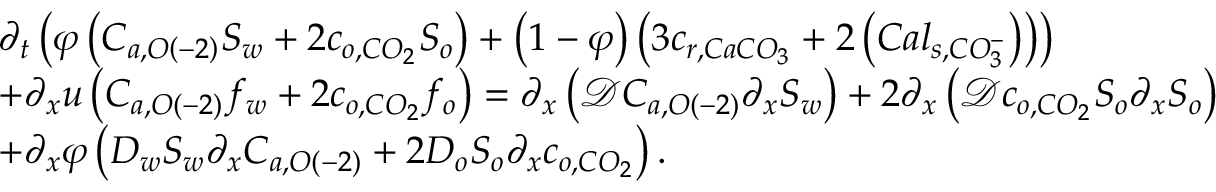
\begin{array} { r l } & { \partial _ { t } \left( \varphi \left( C _ { a , O \left( - 2 \right) } S _ { w } + 2 c _ { o , C O _ { 2 } } S _ { o } \right) + \left( 1 - \varphi \right) \left( 3 c _ { r , C a C O _ { 3 } } + 2 \left( C a l _ { s , C O _ { 3 } ^ { - } } \right) \right) \right) } \\ & { + \partial _ { x } u \left( C _ { a , O \left( - 2 \right) } f _ { w } + 2 c _ { o , C O _ { 2 } } f _ { o } \right) = \partial _ { x } \left( \mathcal { D } C _ { a , O \left( - 2 \right) } \partial _ { x } S _ { w } \right) + 2 \partial _ { x } \left( \mathcal { D } c _ { o , C O _ { 2 } } S _ { o } \partial _ { x } S _ { o } \right) } \\ & { + \partial _ { x } \varphi \left( D _ { w } S _ { w } \partial _ { x } C _ { a , O \left( - 2 \right) } + 2 D _ { o } S _ { o } \partial _ { x } c _ { o , C O _ { 2 } } \right) . } \end{array}